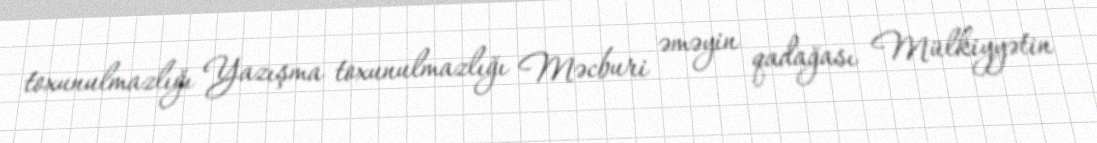
toxunulmazlığı Yazışma toxunulmazlığı Məcburi əməyin qadağası Mülkiyyətin